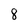
Character: 8